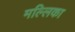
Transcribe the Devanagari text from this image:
मल्‍लिका